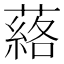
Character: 𮑗